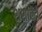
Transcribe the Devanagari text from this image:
शशांके।